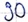
Text: 90